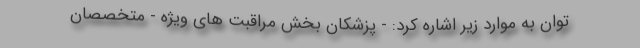
توان به موارد زیر اشاره کرد: - پزشکان بخش مراقبت های ویژه - متخصصان